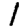
Digit: 1